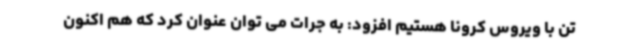
تن با ویروس کرونا هستیم افزود: به جرات می توان عنوان کرد که هم اکنون